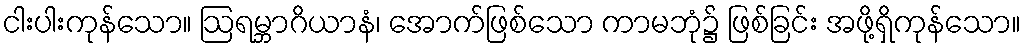
ငါးပါးကုန်သော။ ဩရမ္ဘာဂိယာနံ၊ အောက်ဖြစ်သော ကာမဘုံ၌ ဖြစ်ခြင်း အဖို့ရှိကုန်သော။